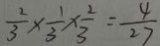
\frac { 2 } { 3 } \times \frac { 1 } { 3 } \times \frac { 2 } { 3 } = \frac { 4 } { 2 7 }